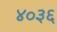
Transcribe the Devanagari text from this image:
४०३६